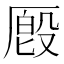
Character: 𪠔